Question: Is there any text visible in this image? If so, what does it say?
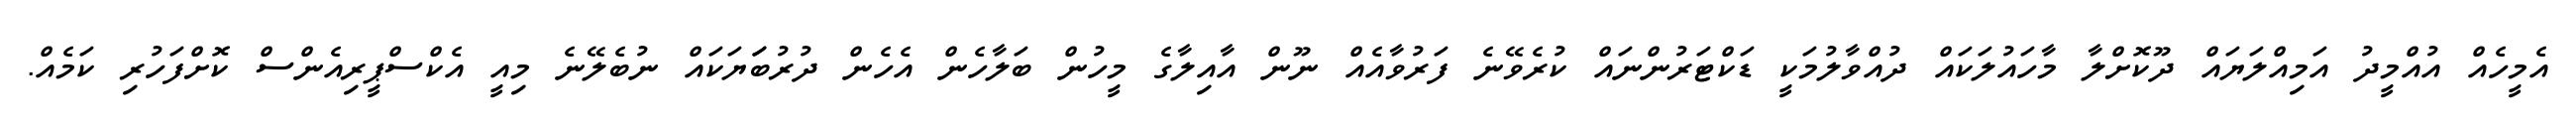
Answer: އެމީހެއް އުއްމީދު އަމިއްލަޔައް ދޫކޮށްލާ މާހައުލަކައް ދުއްވާލުމަކީ ޑަކްޓަރުންނައް ކުރެވޭނެ ފަރުވާއެއް ނޫން އާއިލާގެ މީހުން ބަލާހެން އެހެން ދުރުބަަޔަކައް ނުބެލޭނެ މިއީ އެކްސްޕީރިއެންސް ކޮށްފަހުރި ކަމެއް.